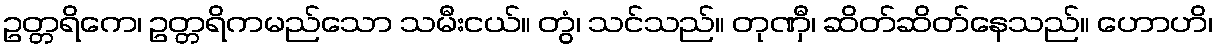
ဥတ္တရိကေ၊ ဥတ္တရိကမည်သော သမီးငယ်။ တွံ၊ သင်သည်။ တုဏှီ၊ ဆိတ်ဆိတ်နေသည်။ ဟောဟိ၊